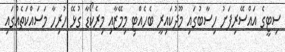
ސިޓީގެ އައްސޭރިފަށު ހިސާބުގައި މޫދުކައިރީ ބެހެއްޓި މިމޭޒާއި މިރެކޯޑާ ގުޅޭ ހުރިހާ މަސައްކަތެއްގައި